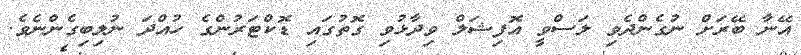
އޭނާ ބޭރަށް ނުގެންދެވި ލަސްވީ އޮފިޝަލް ވިދާޅުވި ގޮތުގައި ޑޮކްޓަރުންގެ ހުއްދަ ނުލިބިގެންނެވެ.